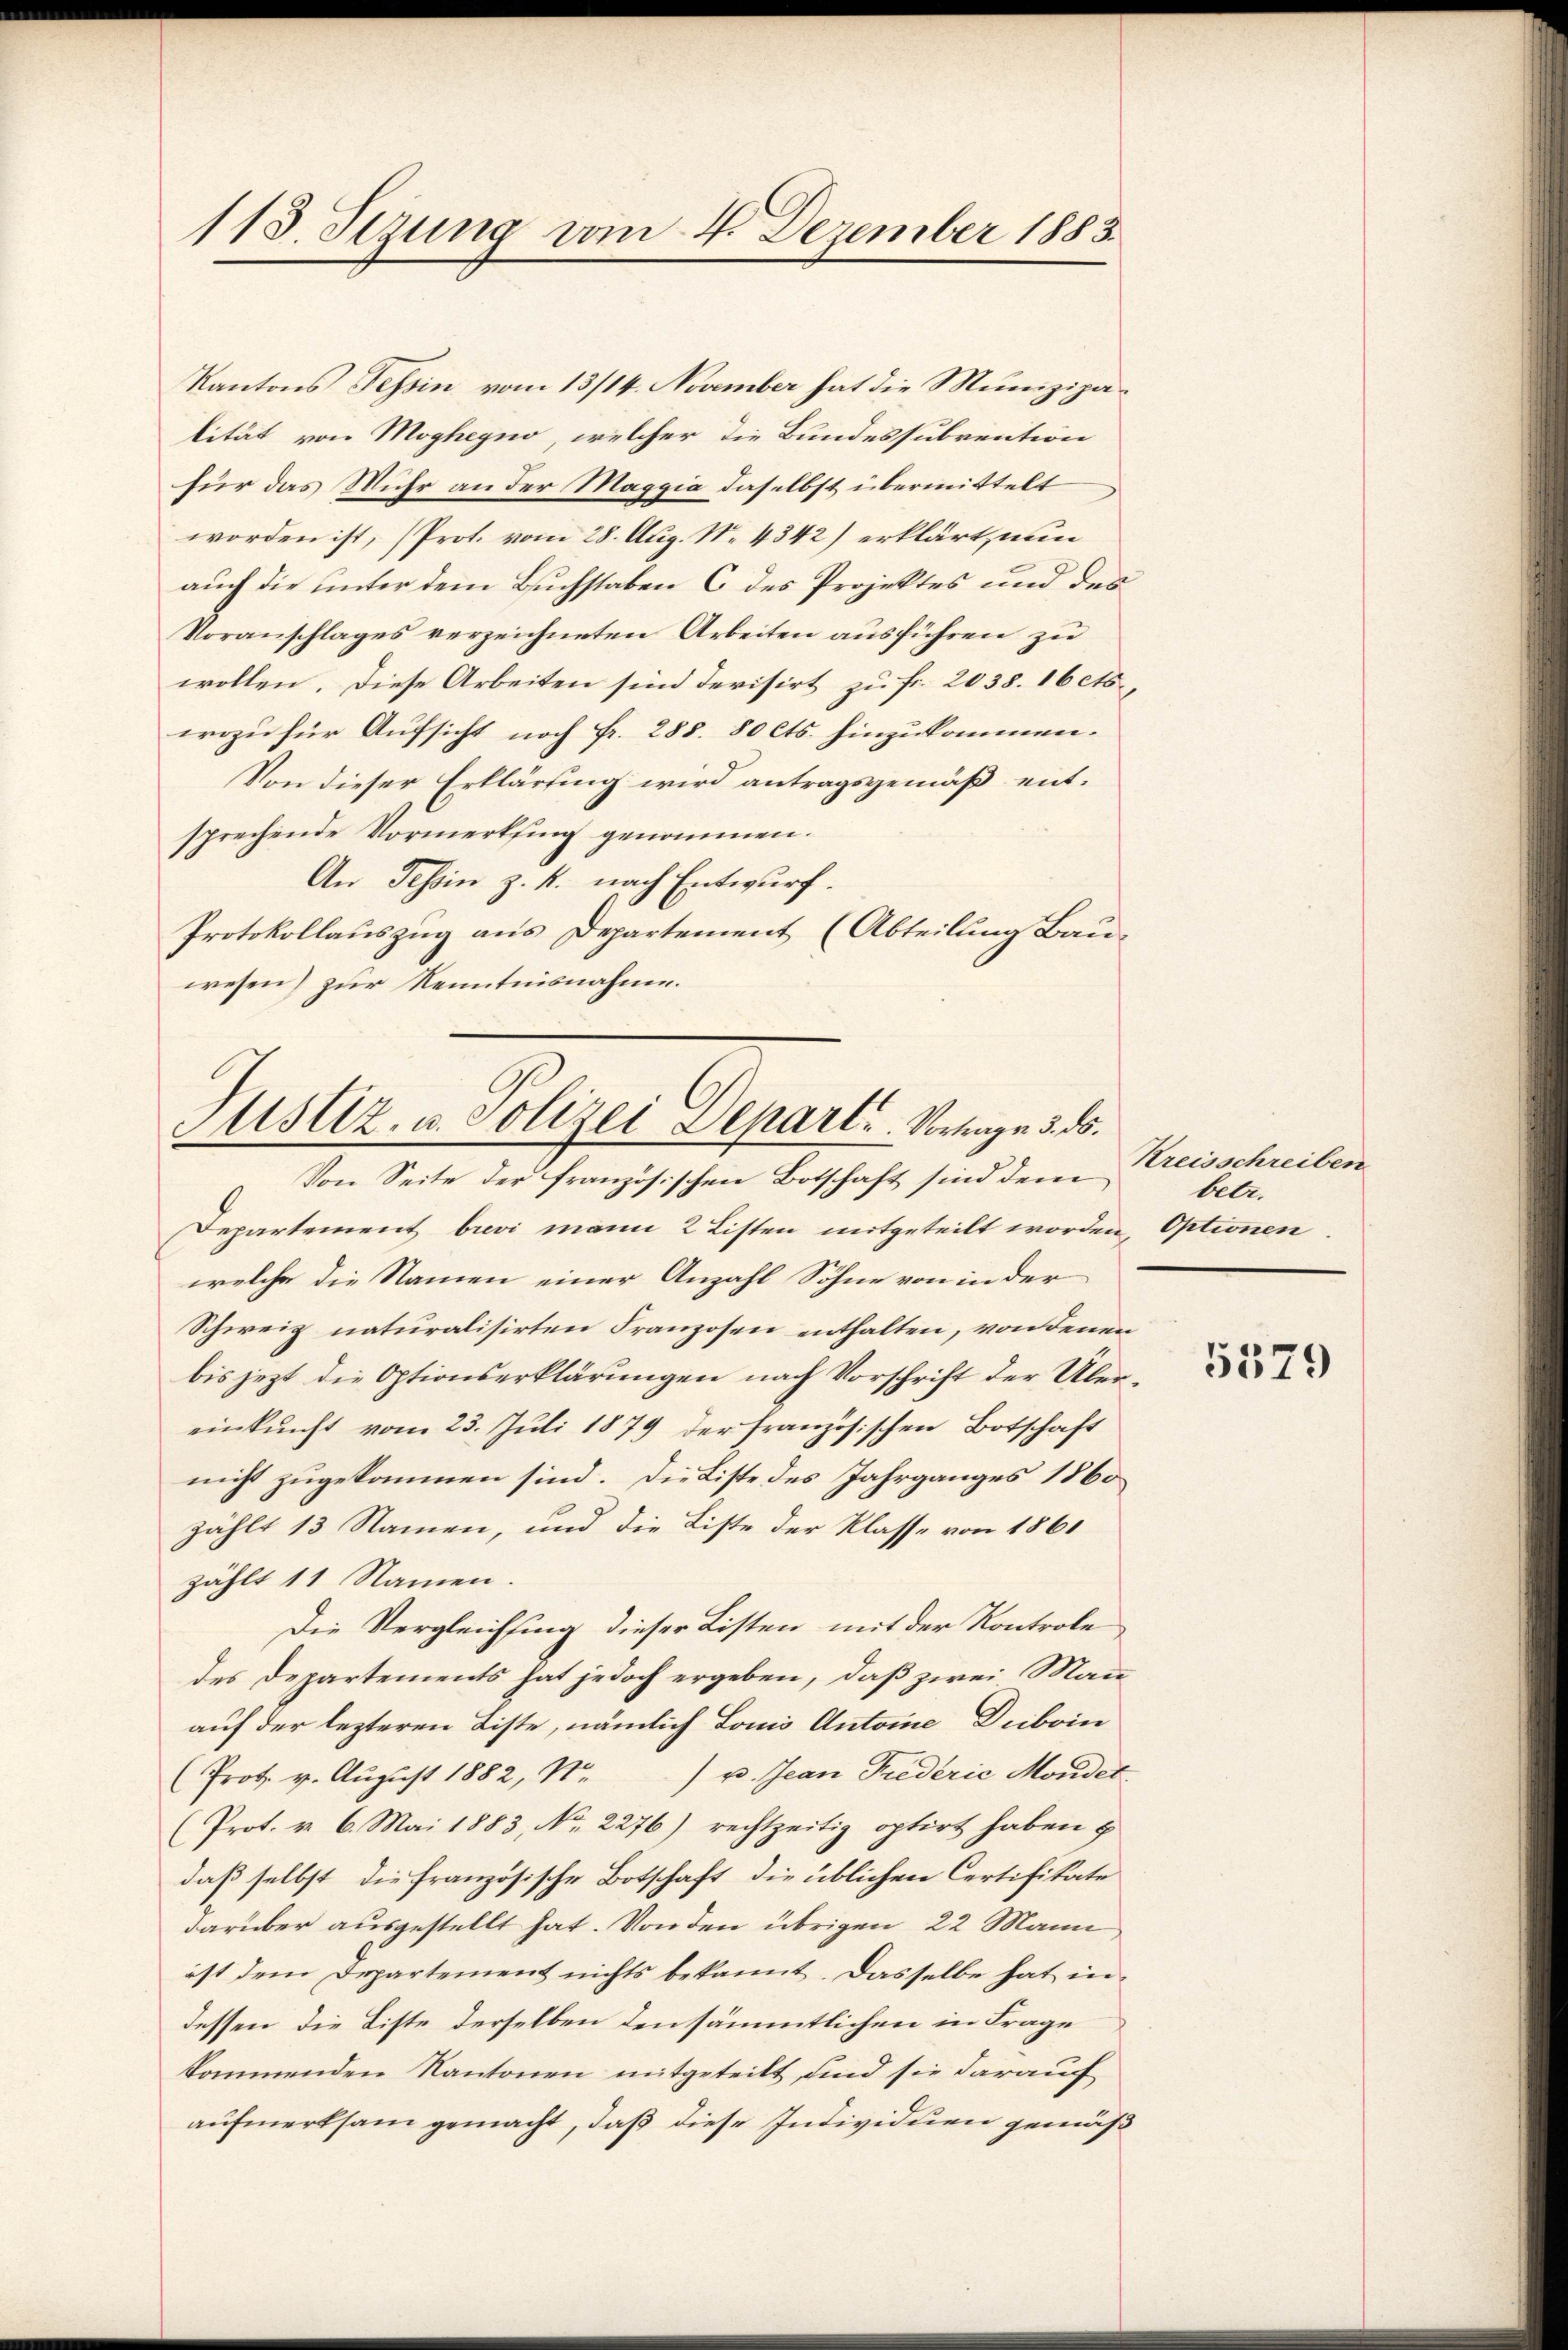
113. Sezung vom 4. Dezember 1883

Kantons Tessin vom 13/14. November hat die Munizipalität von Moghegno, welcher die Bundessubvention
für das Muhr an der Maggia daselbst übermittelt
worden ist, (Prot. vom 28. Aug. No. 4342) erklärt, nun
auch die unter dem Buchstaben 6 des Projektes und des
Voranschlages verzeichneten Arbeiten ausführen zu
wollen. Diese Arbeiten sind derisirt zu fr. 2038. 16 ets.
wozu für Aufsicht noch Fr. 288. 80 cts. hinzukommen.
Von dieser Erklärung wird antragsgemäß entsprechende Vormerksing genommen.
An Tessin z. B. nach Entwurf.
Protokollauszug aus Departement (Abteilung Bau-
wesen) zur Kenntnisnahme.

Asaz. u. Polizei Depart. Vortrage 5. ds.

Von Seite der französischen Botschaft sind dem
Departement brevi mann 2 Listen mitgeteilt worden, Optionen
welche die Namen einer Anzahl Söhne von in der
Schweiz naturalisirten Franzosen enthalten, von denen
bis jezt die Optionserklärungen nach Vorschrift der Ubereinkunft vom 23. Juli 1879 der französischen Botschaft
nicht zugekommen sind. Die Liste des Jahrganges 1860
zählt 13 Namen, und die Liste der Klasse von 1861
zählt 11 Namen.
Die Vergleichsung dieser Listen mit der Kontrole
des Departements hat jedoch ergeben, daß zwei Mann
auf der lezteren Liste, nämlich Louis Antoine Deiboin
(Prot. v. Aŭgŭst 1882, Nr.) u. Jean Friederie Mondet
(Prot. v. 6. Mai 1883, No. 2276) rechtzeitig optirt haben u
daß selbst die französische Botschaft die üblichen Certifikate
darüber ausgestellt hat. Von den übrigen 22 Mann
ist dem Departement nichts bekannt. Dasselbe hat in
dessen die Liste derselben den sämmtlichen in Frage
kommenden Kantonen mitgeteilt sind sie darauf
aufmerksam gemacht, daß diese Individuen gemäß

Kreisschreiben
betr.

5379